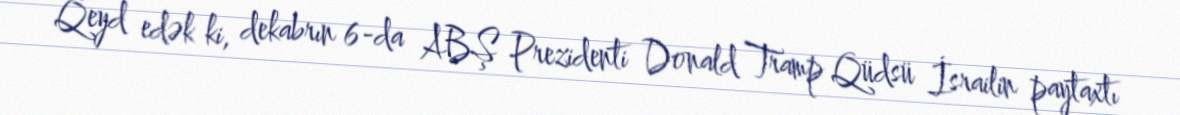
Qeyd edək ki, dekabrın 6-da ABŞ Prezidenti Donald Tramp Qüdsü İsrailin paytaxtı